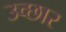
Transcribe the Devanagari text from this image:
उच्छार